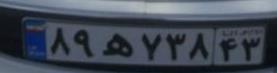
۸۹ه۷۳۸۴۳